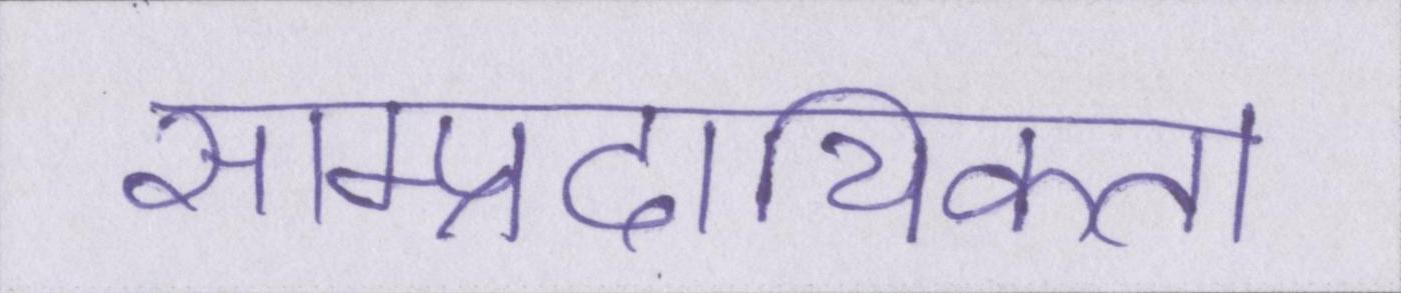
साम्प्रदायिकता